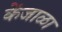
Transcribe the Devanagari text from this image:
केंजाळा